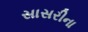
સાસરીના